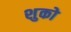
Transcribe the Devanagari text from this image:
शुको